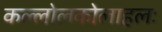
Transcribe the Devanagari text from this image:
कल्लोलकोलाहलः